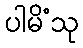
ပါမိံသု